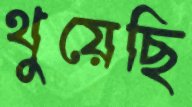
থুয়েছি